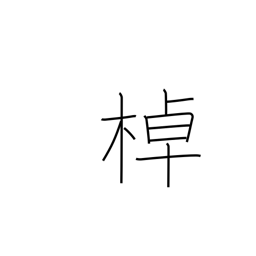
Meaning: pole a boat